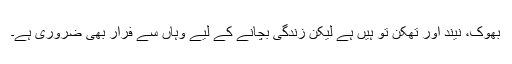
بھوک، نیند اور تھکن تو ہیں ہے لیکن زندگی بچانے کے لیے وہاں سے فرار بھی ضروری ہے۔